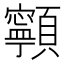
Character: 𩕳